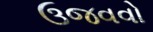
ઉજવવો